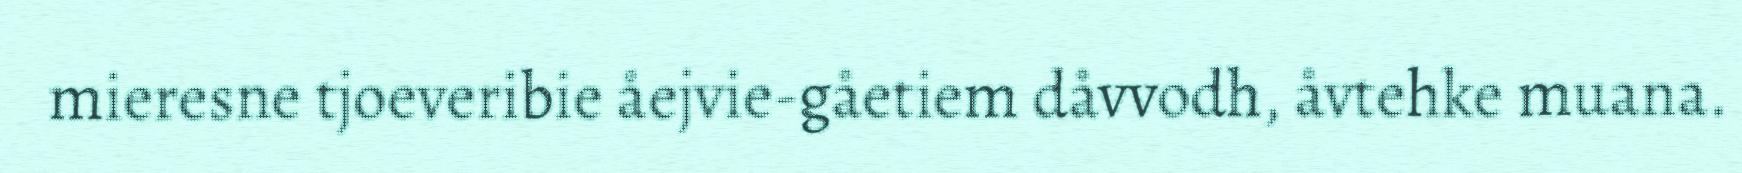
mieresne tjoeveribie åejvie-gåetiem dåvvodh, åvtehke muana.